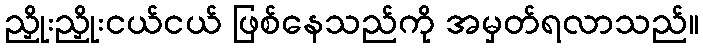
ညှိုးညှိုးငယ်ငယ် ဖြစ်နေသည်ကို အမှတ်ရလာသည်။